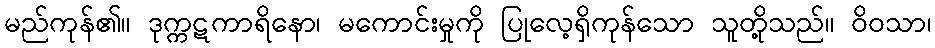
မည်ကုန်၏။ ဒုက္ကဋကာရိနော၊ မကောင်းမှုကို ပြုလေ့ရှိကုန်သော သူတို့သည်။ ဝိဝသာ၊